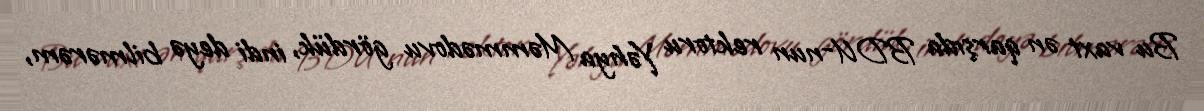
Bu vaxt ən qarşıda BDU-nun rektoru Yəhya Məmmədovu gördük, indi deyə bilmərəm,